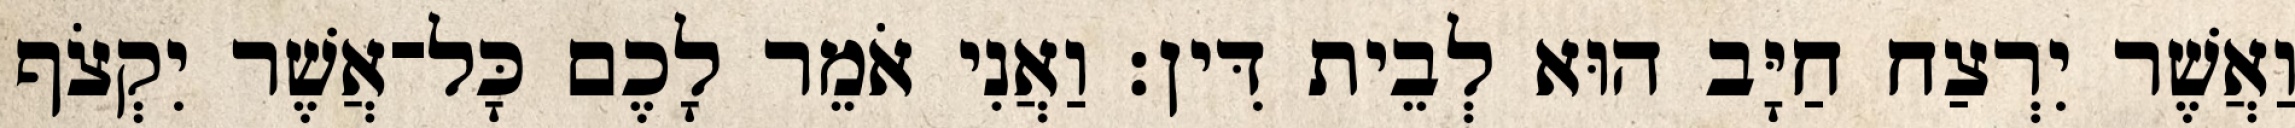
וַאֲשֶׁר יִרְצַח חַיָּב הוּא לְבֵית דִּין׃ וַאֲנִי אֹמֵר לָכֶם כָּל־אֲשֶׁר יִקְצֹף